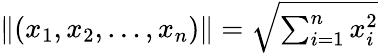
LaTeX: \| (x_{1},x_{2},\dots,x_{n})\| ={\sqrt{\textstyle\sum_{i=1}^{n}x_{i}^{2}}}